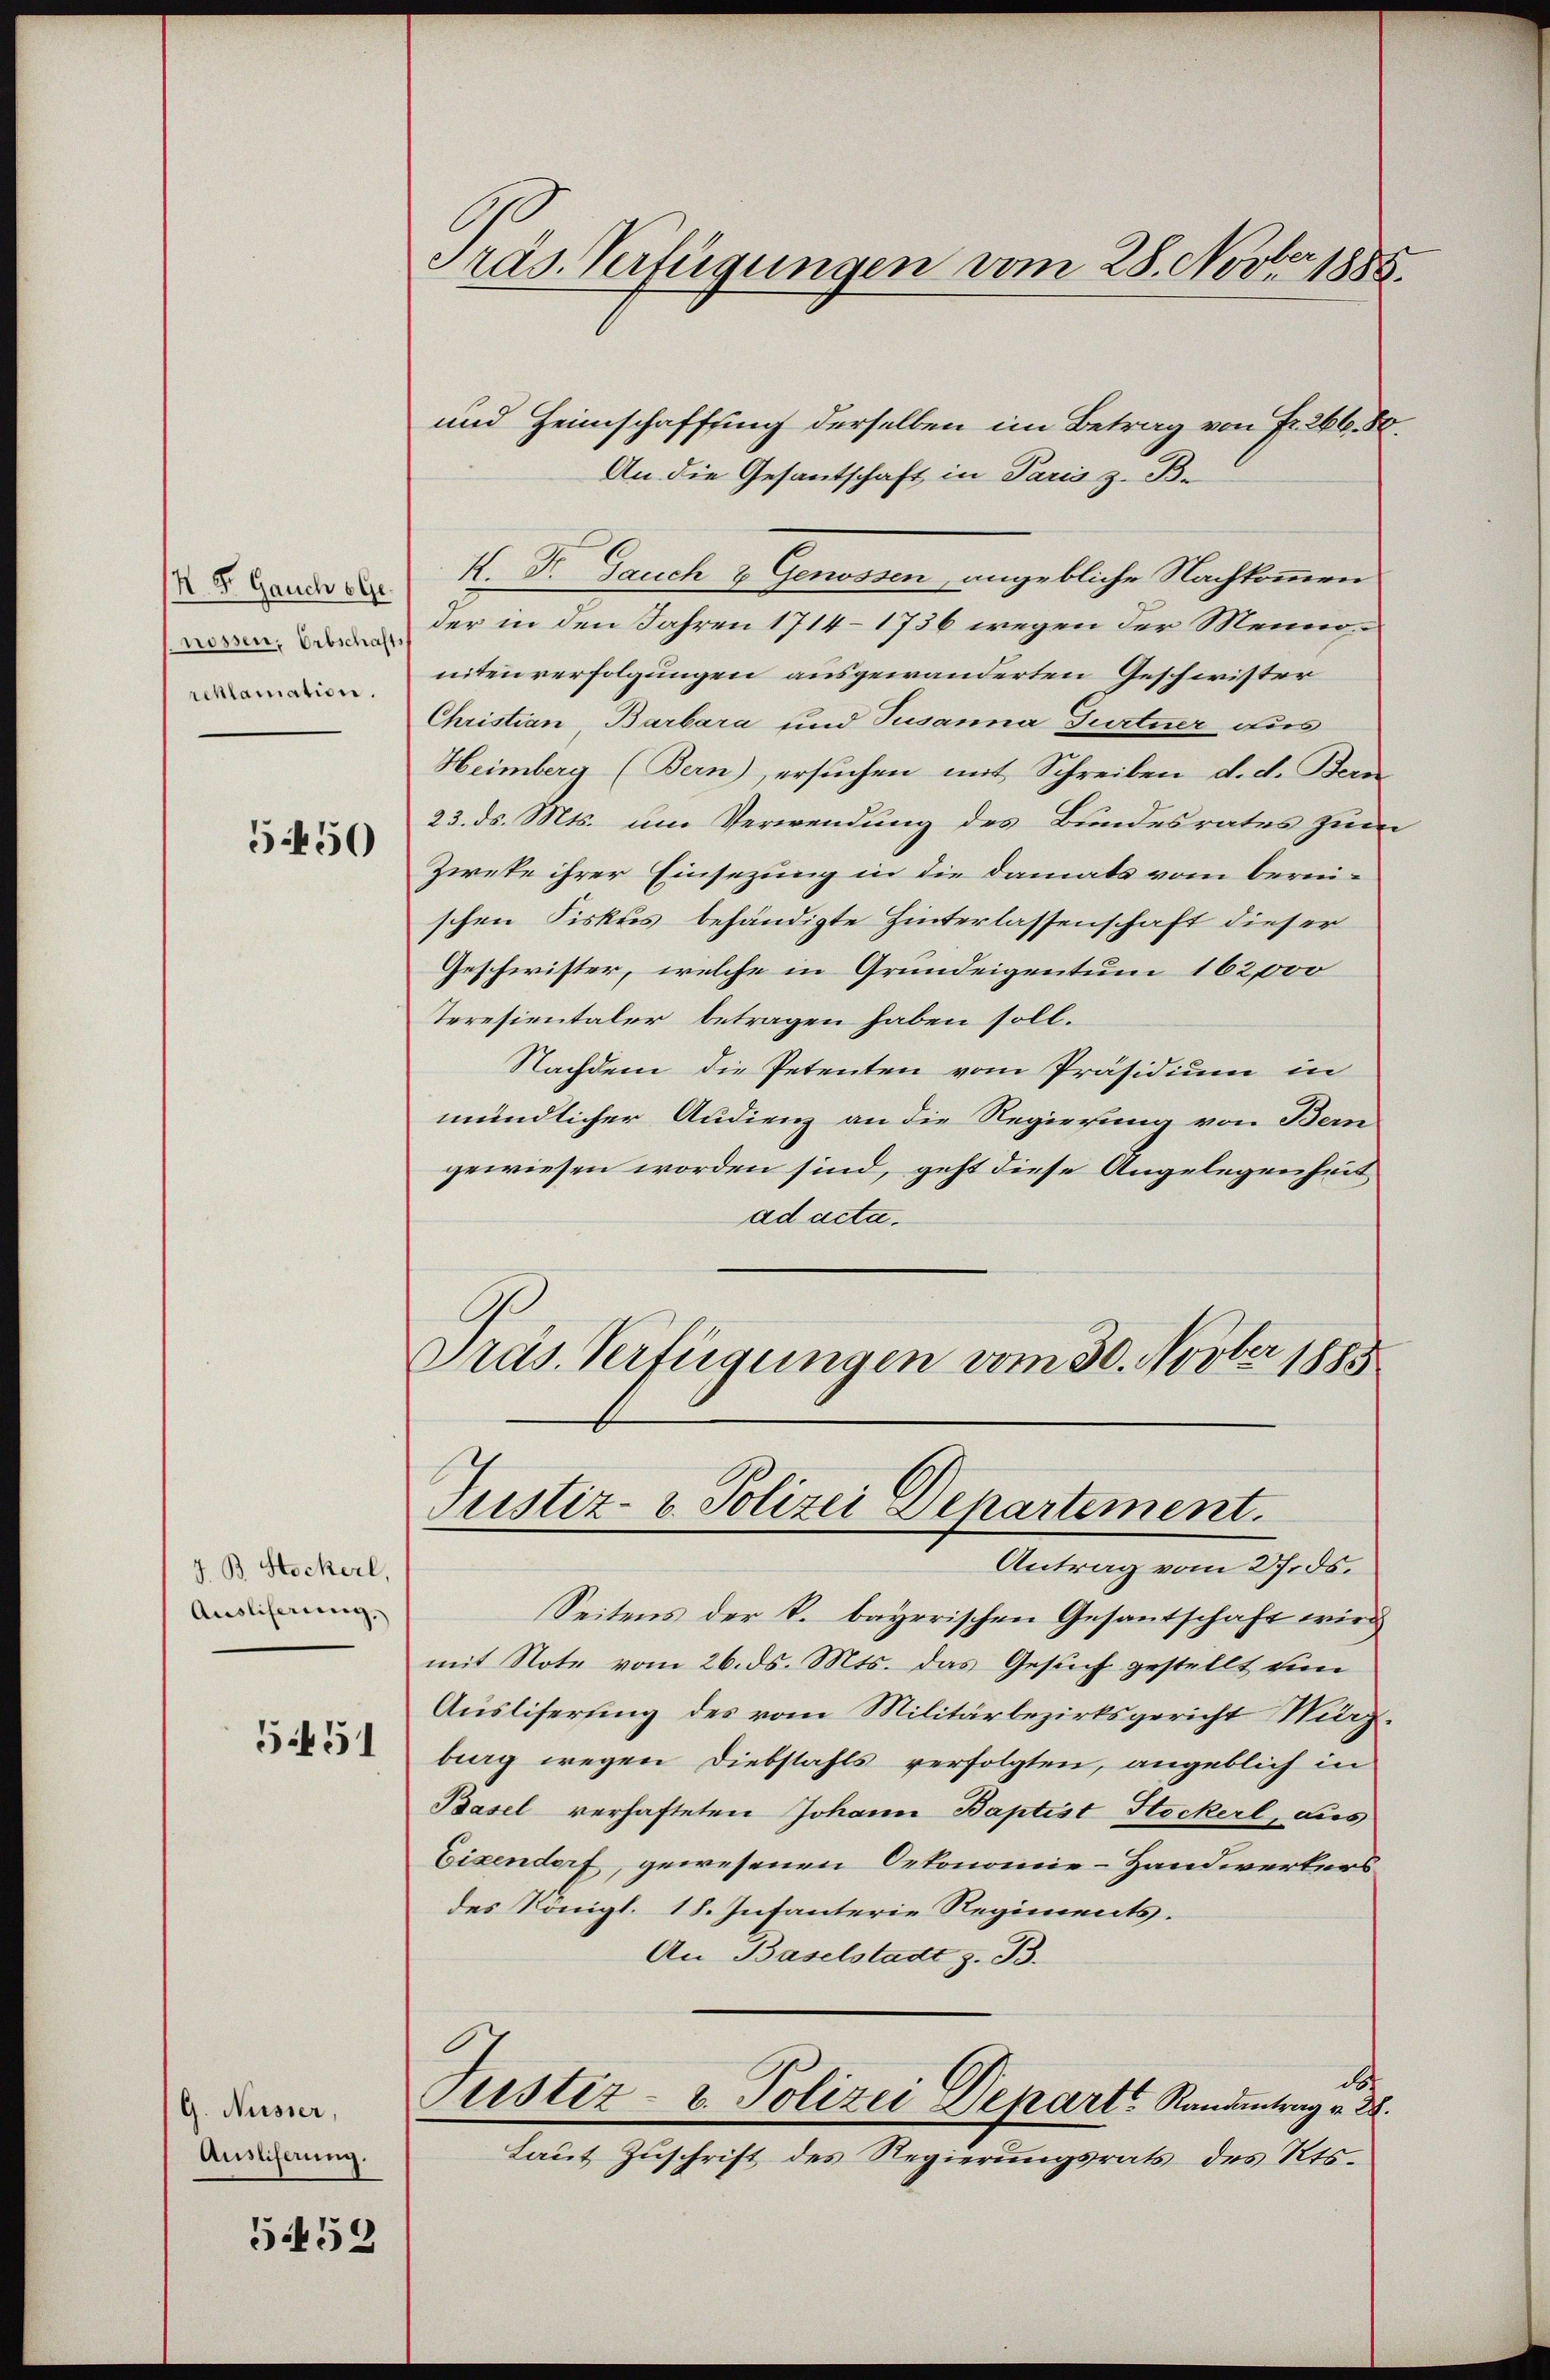
H. St. Gauch Ge
nossen, Erbschafts
reklamation.

5450

J. B. Stockerl,
Ausliserung.)
5451

G. Nüsser,
Ausliferung.

5459

Präs. Verfügungen vom 28. Novber 1885.

und Heimschaffung derselben im Betrag von Fr. 266. 50.
An die Gesantschaft in Paris z. B.
K. Fr. Jauch & Genossen, angebliche Nachkommen
der in den Jahren 1714–1736 wegen der Meinonitenverfolgungen ausgewanderten Geschwister
Christian Barbara und Susanna Gurtner aus
Heimberg (Bern), ersuchen mit Schreiben d. d. Bern
23. ds. Mts. um Verwendung des Bundesrates zum
Zwete ihrer Einsezung in die damals vom berei-
schen Fiskus behändigte Hinterlassenschaft dieser
Geschwister, welche in Grundeigentum 162,000
Teresientaler betragen haben soll.
Nachdem die Petenten vom Präsidium in
mündlicher Audienz an die Regierung von Bern
gewiesen worden sind, geht diese Angelegenheit
ad acta.
Präs. Verfügungen vom 30. Novber 1885

Justiz- & Polizei Departement.

Antrag vom 27. ds.
Seitens der k. bayerischen Gesantschaft wird
mit Note vom 26. ds. Mts. das Gesuch gestellt um
Ausliferung des vom Militärbezirksgericht März.
burg wegen Diebstahls verfolgten, angeblich in
Basel verhafteten Johann Baptist Stockerl, dies
Eisendorf, gewesenen Oekonomie-Handwerkers
des Königl. 18. Infanterie Regiments.
An Baselstadt z. B.
d
Sistiz- & Polizei Depart Randentrag v. 28.
Laut Zuschrift des Regierungsrats des Kts.